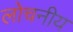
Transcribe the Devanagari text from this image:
लोचनीय